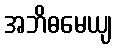
အဘိဓမေယျ